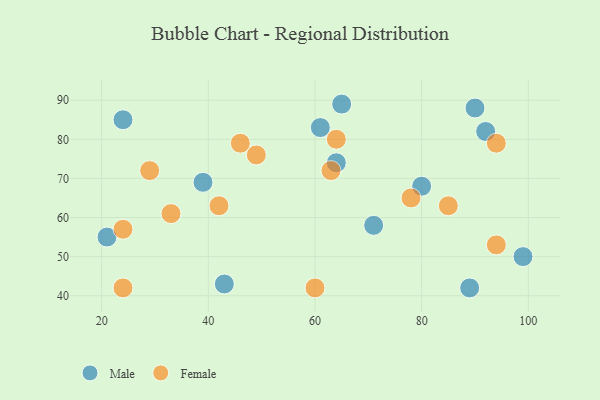
{"axis": {"x": "GDP", "y": "Life Expectancy"}, "legend": ["Female", "Male"], "data": [{"x": "64", "y": 74, "type": "Male"}, {"x": "61", "y": 83, "type": "Male"}, {"x": "39", "y": 69, "type": "Male"}, {"x": "90", "y": 88, "type": "Male"}, {"x": "65", "y": 89, "type": "Male"}, {"x": "21", "y": 55, "type": "Male"}, {"x": "24", "y": 85, "type": "Male"}, {"x": "92", "y": 82, "type": "Male"}, {"x": "80", "y": 68, "type": "Male"}, {"x": "71", "y": 58, "type": "Male"}, {"x": "99", "y": 50, "type": "Male"}, {"x": "89", "y": 42, "type": "Male"}, {"x": "43", "y": 43, "type": "Male"}, {"x": "64", "y": 80, "type": "Female"}, {"x": "42", "y": 63, "type": "Female"}, {"x": "24", "y": 57, "type": "Female"}, {"x": "46", "y": 79, "type": "Female"}, {"x": "85", "y": 63, "type": "Female"}, {"x": "94", "y": 53, "type": "Female"}, {"x": "29", "y": 72, "type": "Female"}, {"x": "24", "y": 42, "type": "Female"}, {"x": "60", "y": 42, "type": "Female"}, {"x": "49", "y": 76, "type": "Female"}, {"x": "63", "y": 72, "type": "Female"}, {"x": "94", "y": 79, "type": "Female"}, {"x": "33", "y": 61, "type": "Female"}, {"x": "78", "y": 65, "type": "Female"}]}